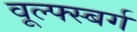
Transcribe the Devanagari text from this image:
वूल्फ्स्बर्ग